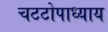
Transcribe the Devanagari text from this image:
चटटोपाध्याय